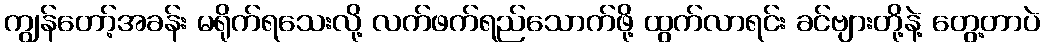
ကျွန်တော့်အခန်း မရိုက်ရသေးလို့ လက်ဖက်ရည်သောက်ဖို့ ထွက်လာရင်း ခင်ဗျားတို့နဲ့ တွေ့တာပဲ